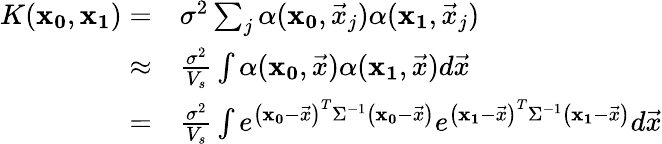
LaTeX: \begin{array}{rl}{K(\mathbf{x_{0}},\mathbf{x_{1}})=}&{\sigma^{2}\sum_{j}\alpha(\mathbf{x_{0}},\vec{x}_{j})\alpha(\mathbf{x_{1}},\vec{x}_{j})}\\ {\approx}&{\frac{\sigma^{2}}{V_{s}}\int\alpha(\mathbf{x_{0}},\vec{x})\alpha(\mathbf{x_{1}},\vec{x})d\vec{x}}\\ {=}&{\frac{\sigma^{2}}{V_{s}}\int e^{\left(\mathbf{x_{0}}-\vec{x}\right)^{T}\Sigma^{-1}\left(\mathbf{x_{0}}-\vec{x}\right)}e^{\left(\mathbf{x_{1}}-\vec{x}\right)^{T}\Sigma^{-1}\left(\mathbf{x_{1}}-\vec{x}\right)}d\vec{x}}\end{array}